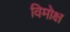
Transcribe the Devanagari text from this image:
विमोक्ष